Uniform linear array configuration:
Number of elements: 12
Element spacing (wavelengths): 0.5
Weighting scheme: hamming
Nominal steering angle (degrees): -30
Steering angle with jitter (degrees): -30.053
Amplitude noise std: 0.05
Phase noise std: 0.05

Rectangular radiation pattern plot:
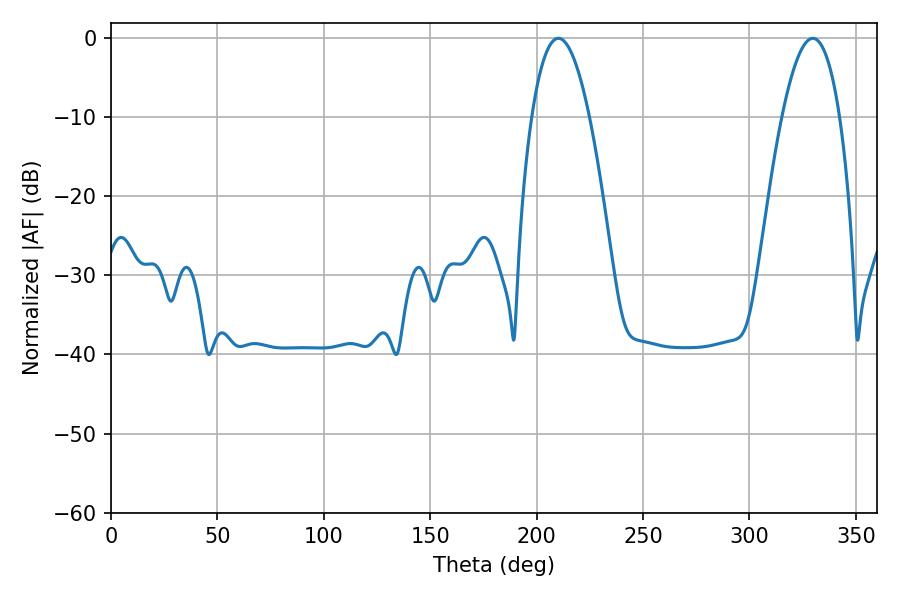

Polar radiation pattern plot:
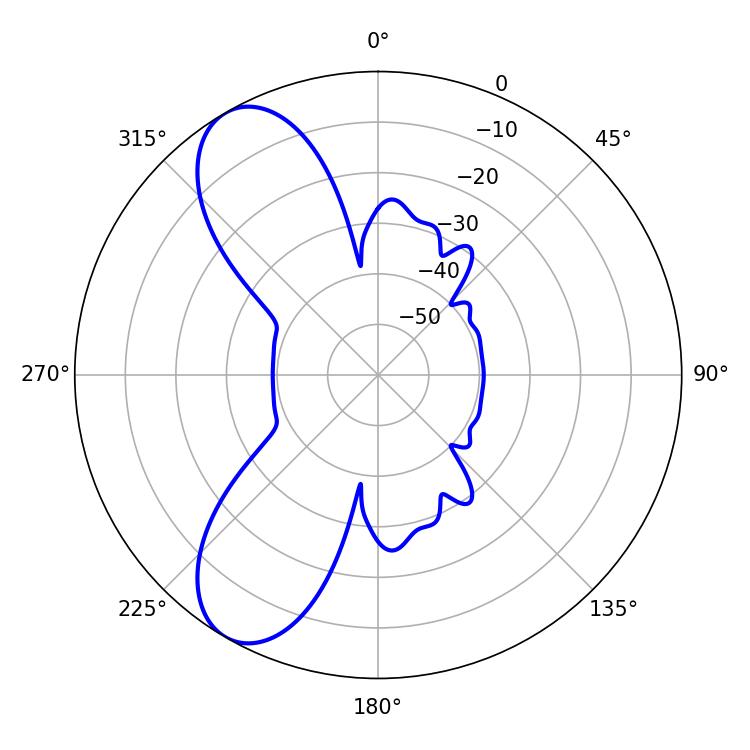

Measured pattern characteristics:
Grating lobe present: FALSE
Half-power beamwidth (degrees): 14.94
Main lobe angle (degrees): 210.24